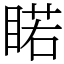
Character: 睰